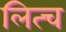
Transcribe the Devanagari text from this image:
लित्च